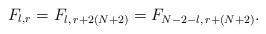
LaTeX: \begin{align*}F_{l,r}=F_{l,\, r+2(N+2)}=F_{N-2-l,\, r+(N+2)}.\end{align*}